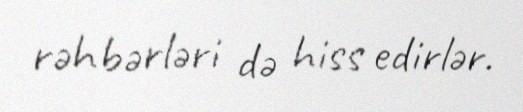
rəhbərləri də hiss edirlər.